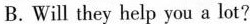
B.Will they help you a lot?